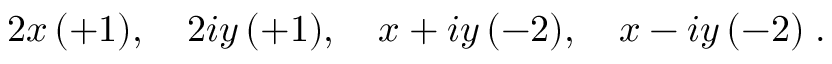
2 x \, ( + 1 ) , \quad 2 i y \, ( + 1 ) , \quad x + i y \, ( - 2 ) , \quad x - i y \, ( - 2 ) \; .